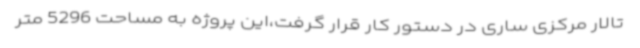
تالار مرکزی ساری در دستور کار قرار گرفت،این پروژه به مساحت 5296 متر